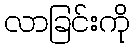
လာခြင်းကို